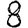
Digit: 8